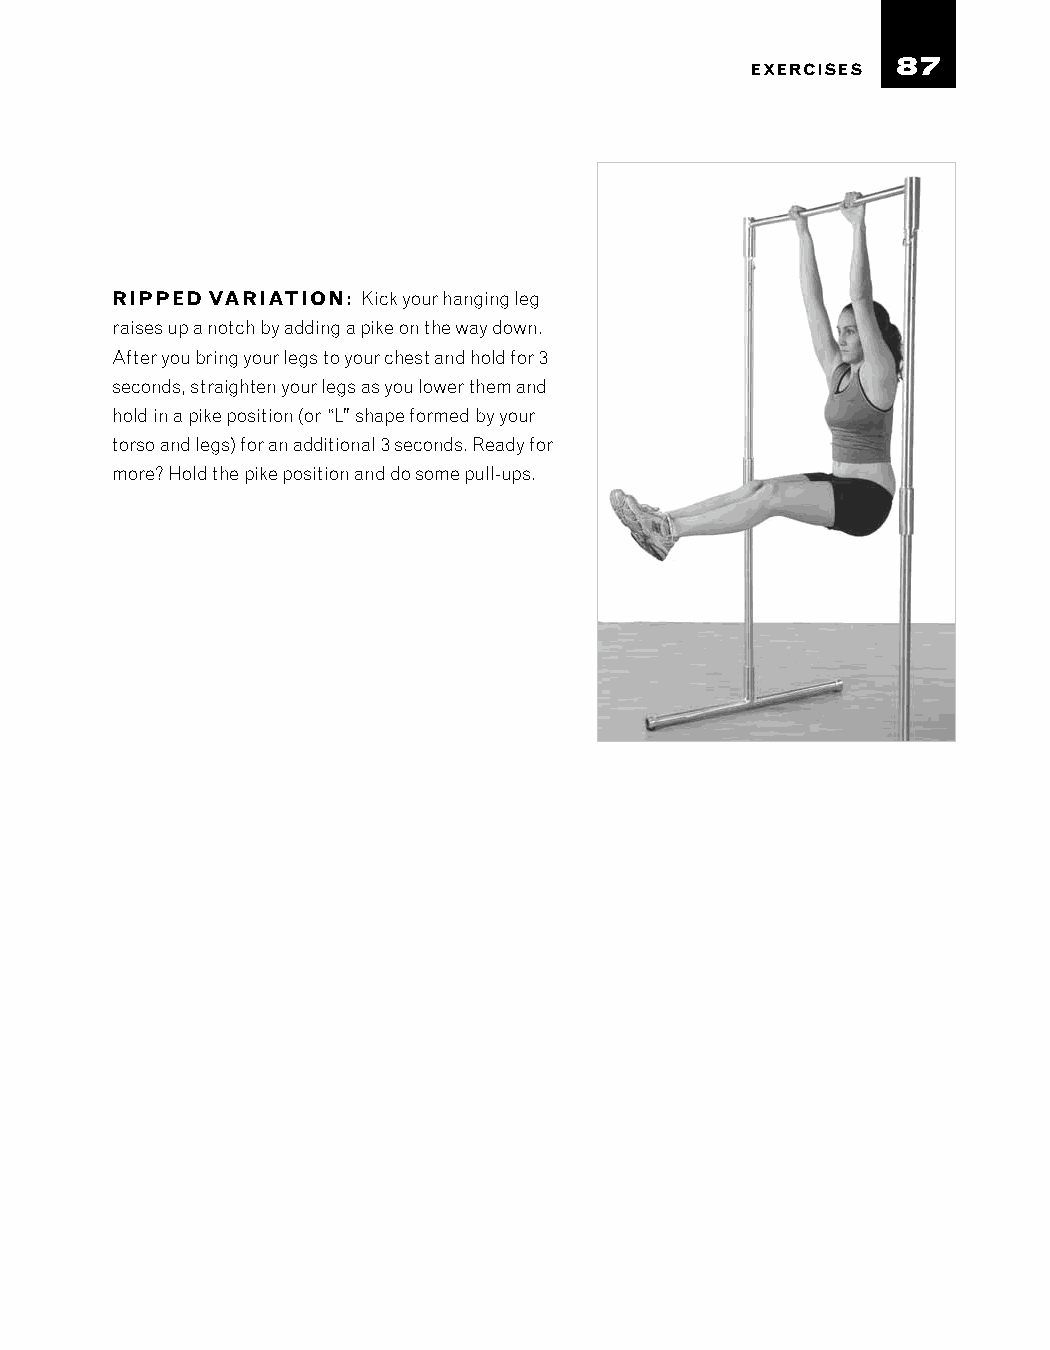
87
 EXERCISES
 RIPPED VARIATION: Kick your hanging leg
 raises up a notch by adding a pike on the way down.
 After you bring your legs to your chest and hold for 3
 seconds, straighten your legs as you lower them and
 hold in a pike position (or “L” shape formed by your
 torso and legs) for an additional 3 seconds. Ready for
 more? Hold the pike position and do some pull-ups.